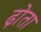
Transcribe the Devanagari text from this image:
ढ़ोता